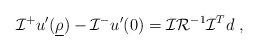
LaTeX: \begin{align*}\mathcal I^+ u'(\underline{\rho})-\mathcal I^- u'(0)=\mathcal I\mathcal R^{-1}\mathcal I^T d\ ,\end{align*}